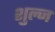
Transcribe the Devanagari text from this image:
शुल्ज